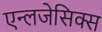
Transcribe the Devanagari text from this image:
एन्लजेसिक्स